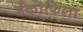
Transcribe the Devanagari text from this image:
ईकोफिला